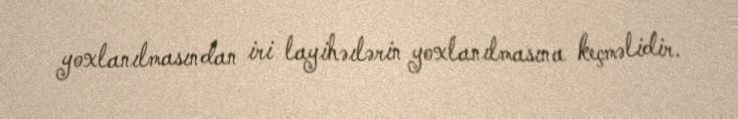
yoxlanılmasından iri layihəılərin yoxlanılmasına keçməlidir.